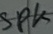
Text: SPK